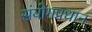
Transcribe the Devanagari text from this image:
संयोगप्रधान